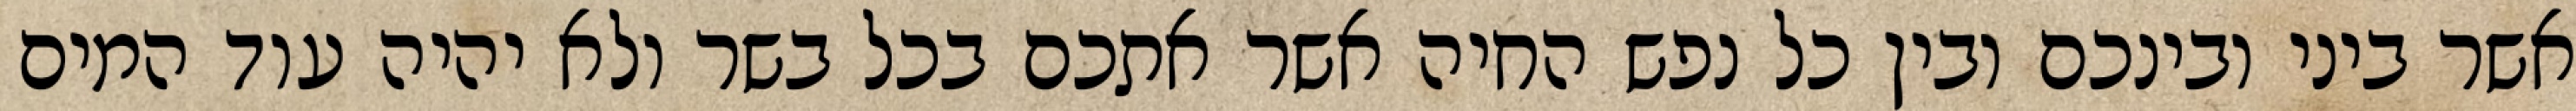
אשר ביני ובינכם ובין כל נפש החיה אשר אתכם בכל בשר ולא יהיה עוד המים